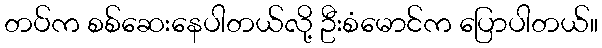
တပ်က စစ်ဆေးနေပါတယ်လို့ ဦးစံမောင်က ပြောပါတယ်။